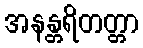
အနန္တရိတတ္တာ